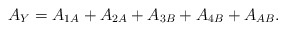
\begin{align*}A_Y = A_{1A} + A_{2A} + A_{3B} + A_{4B} + A_{AB}.\end{align*}